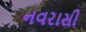
નવરાસી